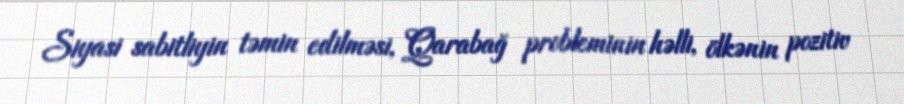
Siyasi sabitliyin təmin edilməsi, Qarabağ probleminin həlli, ölkənin pozitiv